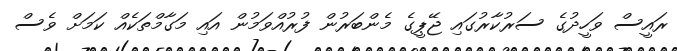
ރައީސް ވަހީދުގެ ސަރުކާރުގައި ޖޭޕީގެ މެންބަރުން ފުރުއްވަމުން އައި މަގާމްތަކެއް ކަމަށް ވެސް